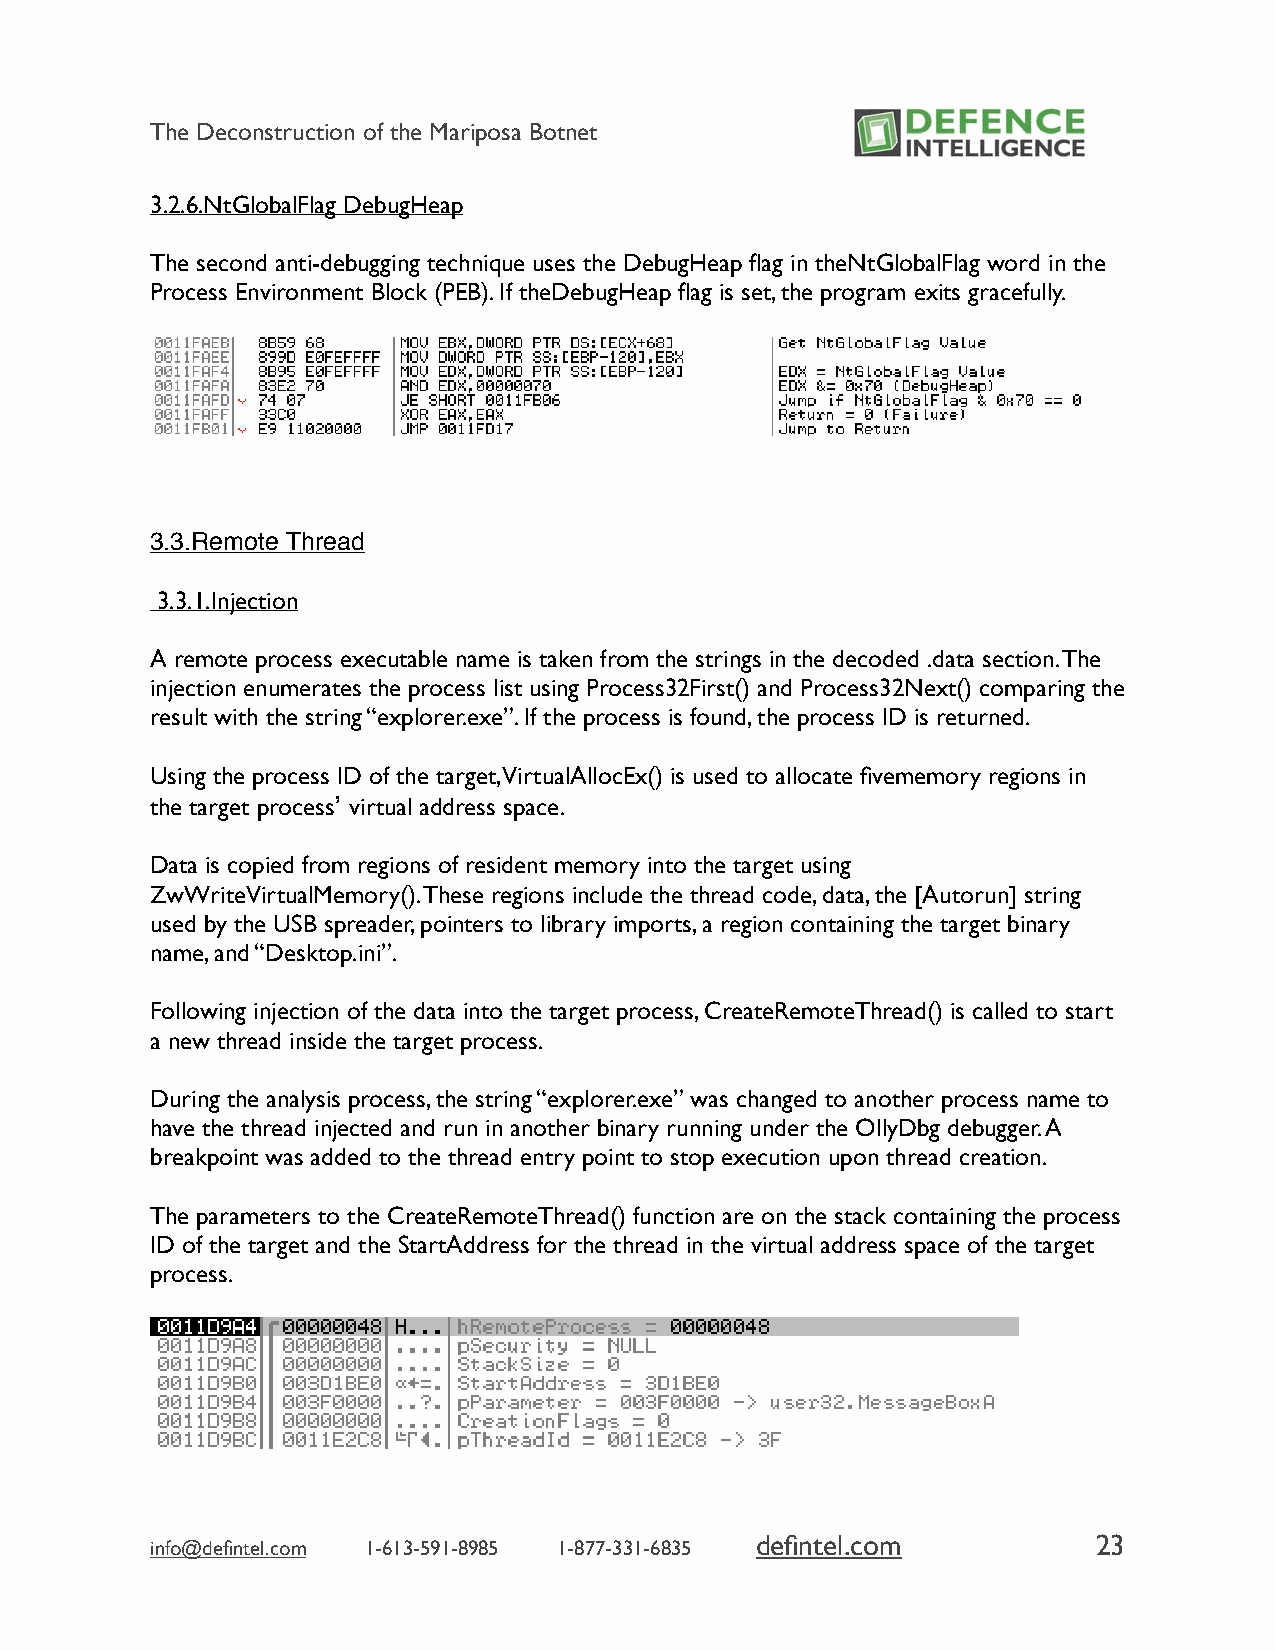
The Deconstruction of the Mariposa Botnet
 3.2.6.NtGlobalFlag DebugHeap
 The second anti-debugging technique uses the DebugHeap flag in theNtGlobalFlag word in the
 Process Environment Block (PEB). If theDebugHeap flag is set, the program exits gracefully.
 3.3.Remote Thread
 3.3.1.Injection
 A remote process executable name is taken from the strings in the decoded .data section. The
 injection enumerates the process list using Process32First() and Process32Next() comparing the
 result with the string “explorer.exe”. If the process is found, the process ID is returned.
 Using the process ID of the target, VirtualAllocEx() is used to allocate fivememory regions in
 the target process’ virtual address space.
 Data is copied from regions of resident memory into the target using
 ZwWriteVirtualMemory(). These regions include the thread code, data, the [Autorun] string
 used by the USB spreader, pointers to library imports, a region containing the target binary
 name, and “Desktop.ini”.
 Following injection of the data into the target process, CreateRemoteThread() is called to start
 a new thread inside the target process.
 During the analysis process, the string “explorer.exe” was changed to another process name to
 have the thread injected and run in another binary running under the OllyDbg debugger. A
 breakpoint was added to the thread entry point to stop execution upon thread creation.
 The parameters to the CreateRemoteThread() function are on the stack containing the process
 ID of the target and the StartAddress for the thread in the virtual address space of the target
 process.
 defintel.com           23
 info@defintel.com 1-613-591-8985 1-877-331-6835